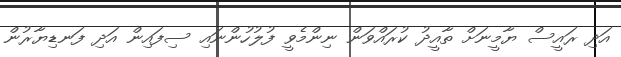
އަދި ރައީސް ޔާމީނަށް ތާއީދު ކުރައްވަން ނިންމެވީ ފުލުހުންނައި ސިފައިން އަދި ފަނޑިޔާރުން